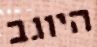
היוגב